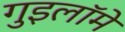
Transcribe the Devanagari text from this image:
गुइलॉमे